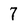
Character: 7